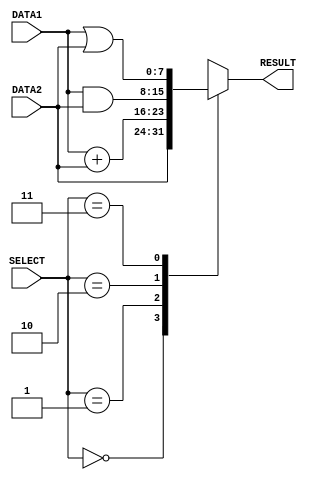
//E/16/290





module alu(DATA1, DATA2, RESULT, SELECT);

	//DECLARING PORTS
         input [7:0] DATA1;
         input [7:0] DATA2;
         input [2:0] SELECT;
         output reg [7:0] RESULT;


        
        //FORWARD FUNCTION  
        function [7:0] FORWARD(input [7:0] DATA2)  ;

	        begin 

                FORWARD=DATA2;
	        end

        endfunction


        //ADD FUNCTION
        function [7:0] ADD(input [7:0] DATA1,input [7:0] DATA2)  ;

	        begin 

              	ADD=DATA1+DATA2;
	        end

        endfunction
        

        //AND FUNCTION

        function [7:0] AND(input [7:0] DATA1,input [7:0] DATA2)  ;

	        begin 

           		AND=DATA1 & DATA2;
	        end

        endfunction
        

        //OR FUNCTION
        function [7:0] OR(input [7:0] DATA1,input [7:0] DATA2)  ;

	        begin 

               OR=DATA1 | DATA2;
	        end

        endfunction
        
              
                
               

         //ALWAYS WITH INPUTS
         always @(DATA1, DATA2, SELECT)
	         begin

                //SELECT FUNCTION BY OPCODE
	         	case(SELECT)
	                	
	                     3'b000:begin  #1;RESULT= FORWARD(DATA2)   ; end //DELAY 1s AND DO FORWARD OPERATION
	                     3'b001:begin  #2;RESULT= ADD(DATA1, DATA2); end //DELAY 2s AND DO ADD OPERATION
	                     3'b010:begin  #1;RESULT= AND(DATA1, DATA2); end //DELAY 1s AND DO AND OPERATION
	                     3'b011:begin  #1;RESULT= OR (DATA1, DATA2); end //DELAY 1s AND DO OR  OPERATION
	                     default:///MADE DON'T CARE OUTPUT FOR RESERVED (NOT IMPLEMENTED) NO DELAY

	                                   RESULT=8'bX;
	                            
	                             
	                
	                endcase
	               
	                
	         end
endmodule